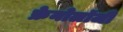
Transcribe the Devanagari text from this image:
फ्रेनोलॉजी